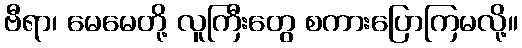
ဗီရာ၊ မေမေတို့ လူကြီးတွေ စကားပြောကြမလို့။